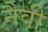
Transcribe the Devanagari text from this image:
नैवी